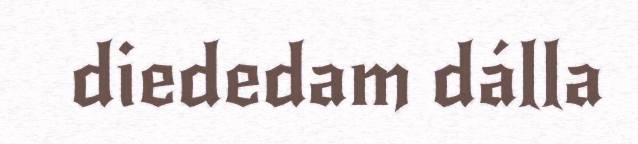
diededam dálla